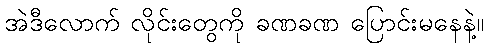
အဲဒီလောက် လိုင်းတွေကို ခဏခဏ ပြောင်းမနေနဲ့။